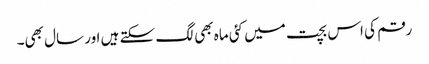
رقم کی اس بچت میں کئی ماہ بھی لگ سکتے ہیں اور سال بھی۔